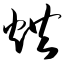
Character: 烘